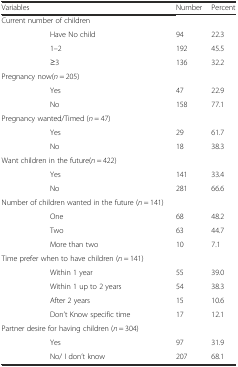
<table><thead><tr><td colspan="2"><b>Variables</b></td><td><b>Number</b></td><td><b>Percent</b></td></tr></thead><tbody><tr><td colspan="2">Current number of children</td><td></td><td></td></tr><tr><td rowspan="3"></td><td>Have No child</td><td>94</td><td>22.3</td></tr><tr><td>1–2</td><td>192</td><td>45.5</td></tr><tr><td>≥3</td><td>136</td><td>32.2</td></tr><tr><td colspan="2">Pregnancy now(<i>n</i> = 205)</td><td></td><td></td></tr><tr><td rowspan="2"></td><td>Yes</td><td>47</td><td>22.9</td></tr><tr><td>No</td><td>158</td><td>77.1</td></tr><tr><td colspan="2">Pregnancy wanted/Timed (<i>n</i> = 47)</td><td></td><td></td></tr><tr><td rowspan="2"></td><td>Yes</td><td>29</td><td>61.7</td></tr><tr><td>No</td><td>18</td><td>38.3</td></tr><tr><td colspan="2">Want children in the future(<i>n</i> = 422)</td><td></td><td></td></tr><tr><td rowspan="2"></td><td>Yes</td><td>141</td><td>33.4</td></tr><tr><td>No</td><td>281</td><td>66.6</td></tr><tr><td colspan="2">Number of children wanted in the future (<i>n</i> = 141)</td><td></td><td></td></tr><tr><td rowspan="3"></td><td>One</td><td>68</td><td>48.2</td></tr><tr><td>Two</td><td>63</td><td>44.7</td></tr><tr><td>More than two</td><td>10</td><td>7.1</td></tr><tr><td colspan="2">Time prefer when to have children (<i>n</i> = 141)</td><td></td><td></td></tr><tr><td rowspan="4"></td><td>Within 1 year</td><td>55</td><td>39.0</td></tr><tr><td>Within 1 up to 2 years</td><td>54</td><td>38.3</td></tr><tr><td>After 2 years</td><td>15</td><td>10.6</td></tr><tr><td>Don’t Know specific time</td><td>17</td><td>12.1</td></tr><tr><td colspan="2">Partner desire for having children (<i>n</i> = 304)</td><td></td><td></td></tr><tr><td rowspan="2"></td><td>Yes</td><td>97</td><td>31.9</td></tr><tr><td>No/ I don’t know</td><td>207</td><td>68.1</td></tr></tbody></table>